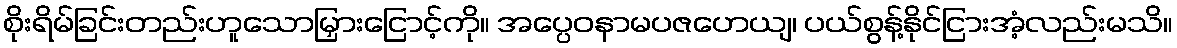
စိုးရိမ်ခြင်းတည်းဟူသောမြှားငြောင့်ကို။ အပ္ပေဝနာမပဇဟေယျ၊ ပယ်စွန့်နိုင်ငြားအံ့လည်းမသိ။